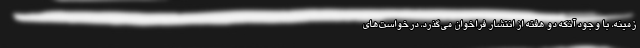
زمینه، با وجود آنکه دو هفته از انتشار فراخوان می‌گذرد، درخواست‌های